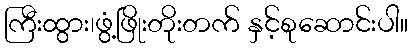
ကြီးထွား၊ဖွံ့ဖြိုးတိုးတက် နှင့်စုဆောင်းပါ။